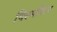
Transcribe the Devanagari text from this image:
थिरुमंथिरम